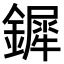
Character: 𨬯